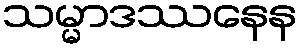
သမ္မာဒဿနေန